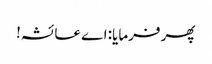
پھر فرمایا: اے عائشہ!